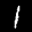
Label: 1